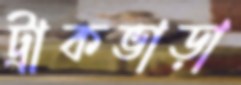
ট্রাকভাড়া